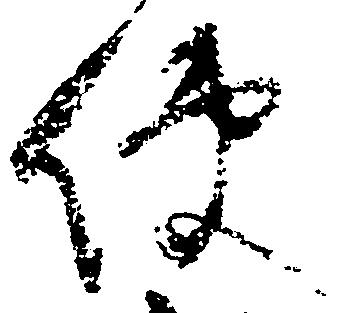
使